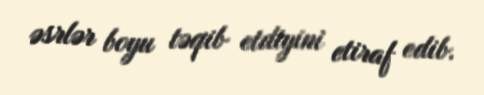
əsrlər boyu təqib etdiyini etiraf edib.